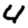
Digit: 4